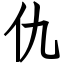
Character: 仇